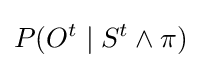
P(O^{t}\mid S^{t}\wedge \pi )